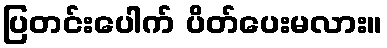
ပြတင်းပေါက် ပိတ်ပေးမလား။